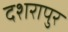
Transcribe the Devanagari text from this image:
दशरापुर